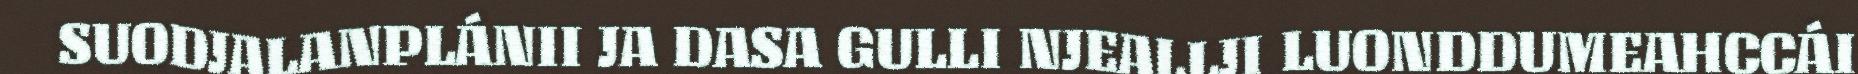
SUODJALANPLÁNII JA DASA GULLI NJEALLJI LUONDDUMEAHCCÁI